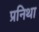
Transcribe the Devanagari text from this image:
प्रनिथा